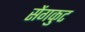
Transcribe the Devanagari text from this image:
सेंगकुट